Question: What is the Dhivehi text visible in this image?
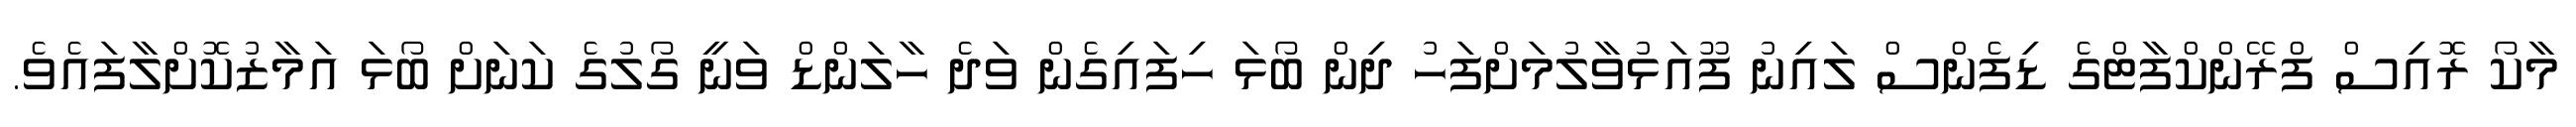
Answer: މާކޯ ރޮއިސް ފްރޭންކްފާޓްގެ ޑިފެންސް ލައިނު ފޫއަޅުވާލުމަށްފަހު ދިން ބޯޅަ ހިފައިގެން ވަދެ ހާލަންޑް ވަނީ ގޯލުގެ ކަނަށް ބޯޅަ އަމާޒުކޮށްލާފައެވެ.